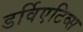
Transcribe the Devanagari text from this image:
डर्विएटिव्स